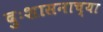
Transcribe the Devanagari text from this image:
दुःशासनाच्या